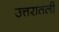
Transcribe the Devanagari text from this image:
उत्तरातली